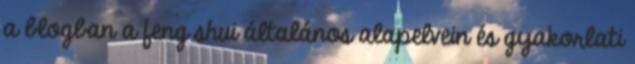
a blogban a feng shui általános alapelvein és gyakorlati